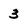
Character: 3